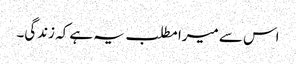
اس سے میرا مطلب یہ ہے کہ زندگی۔